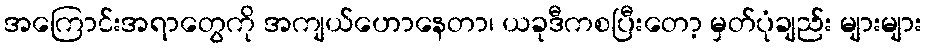
အကြောင်းအရာတွေကို အကျယ်ဟောနေတာ၊ ယခုဒီကစပြီးတော့ မှတ်ပုံချည်း များများ